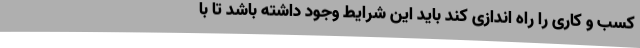
کسب و کاری را راه اندازی کند باید این شرایط وجود داشته باشد تا با